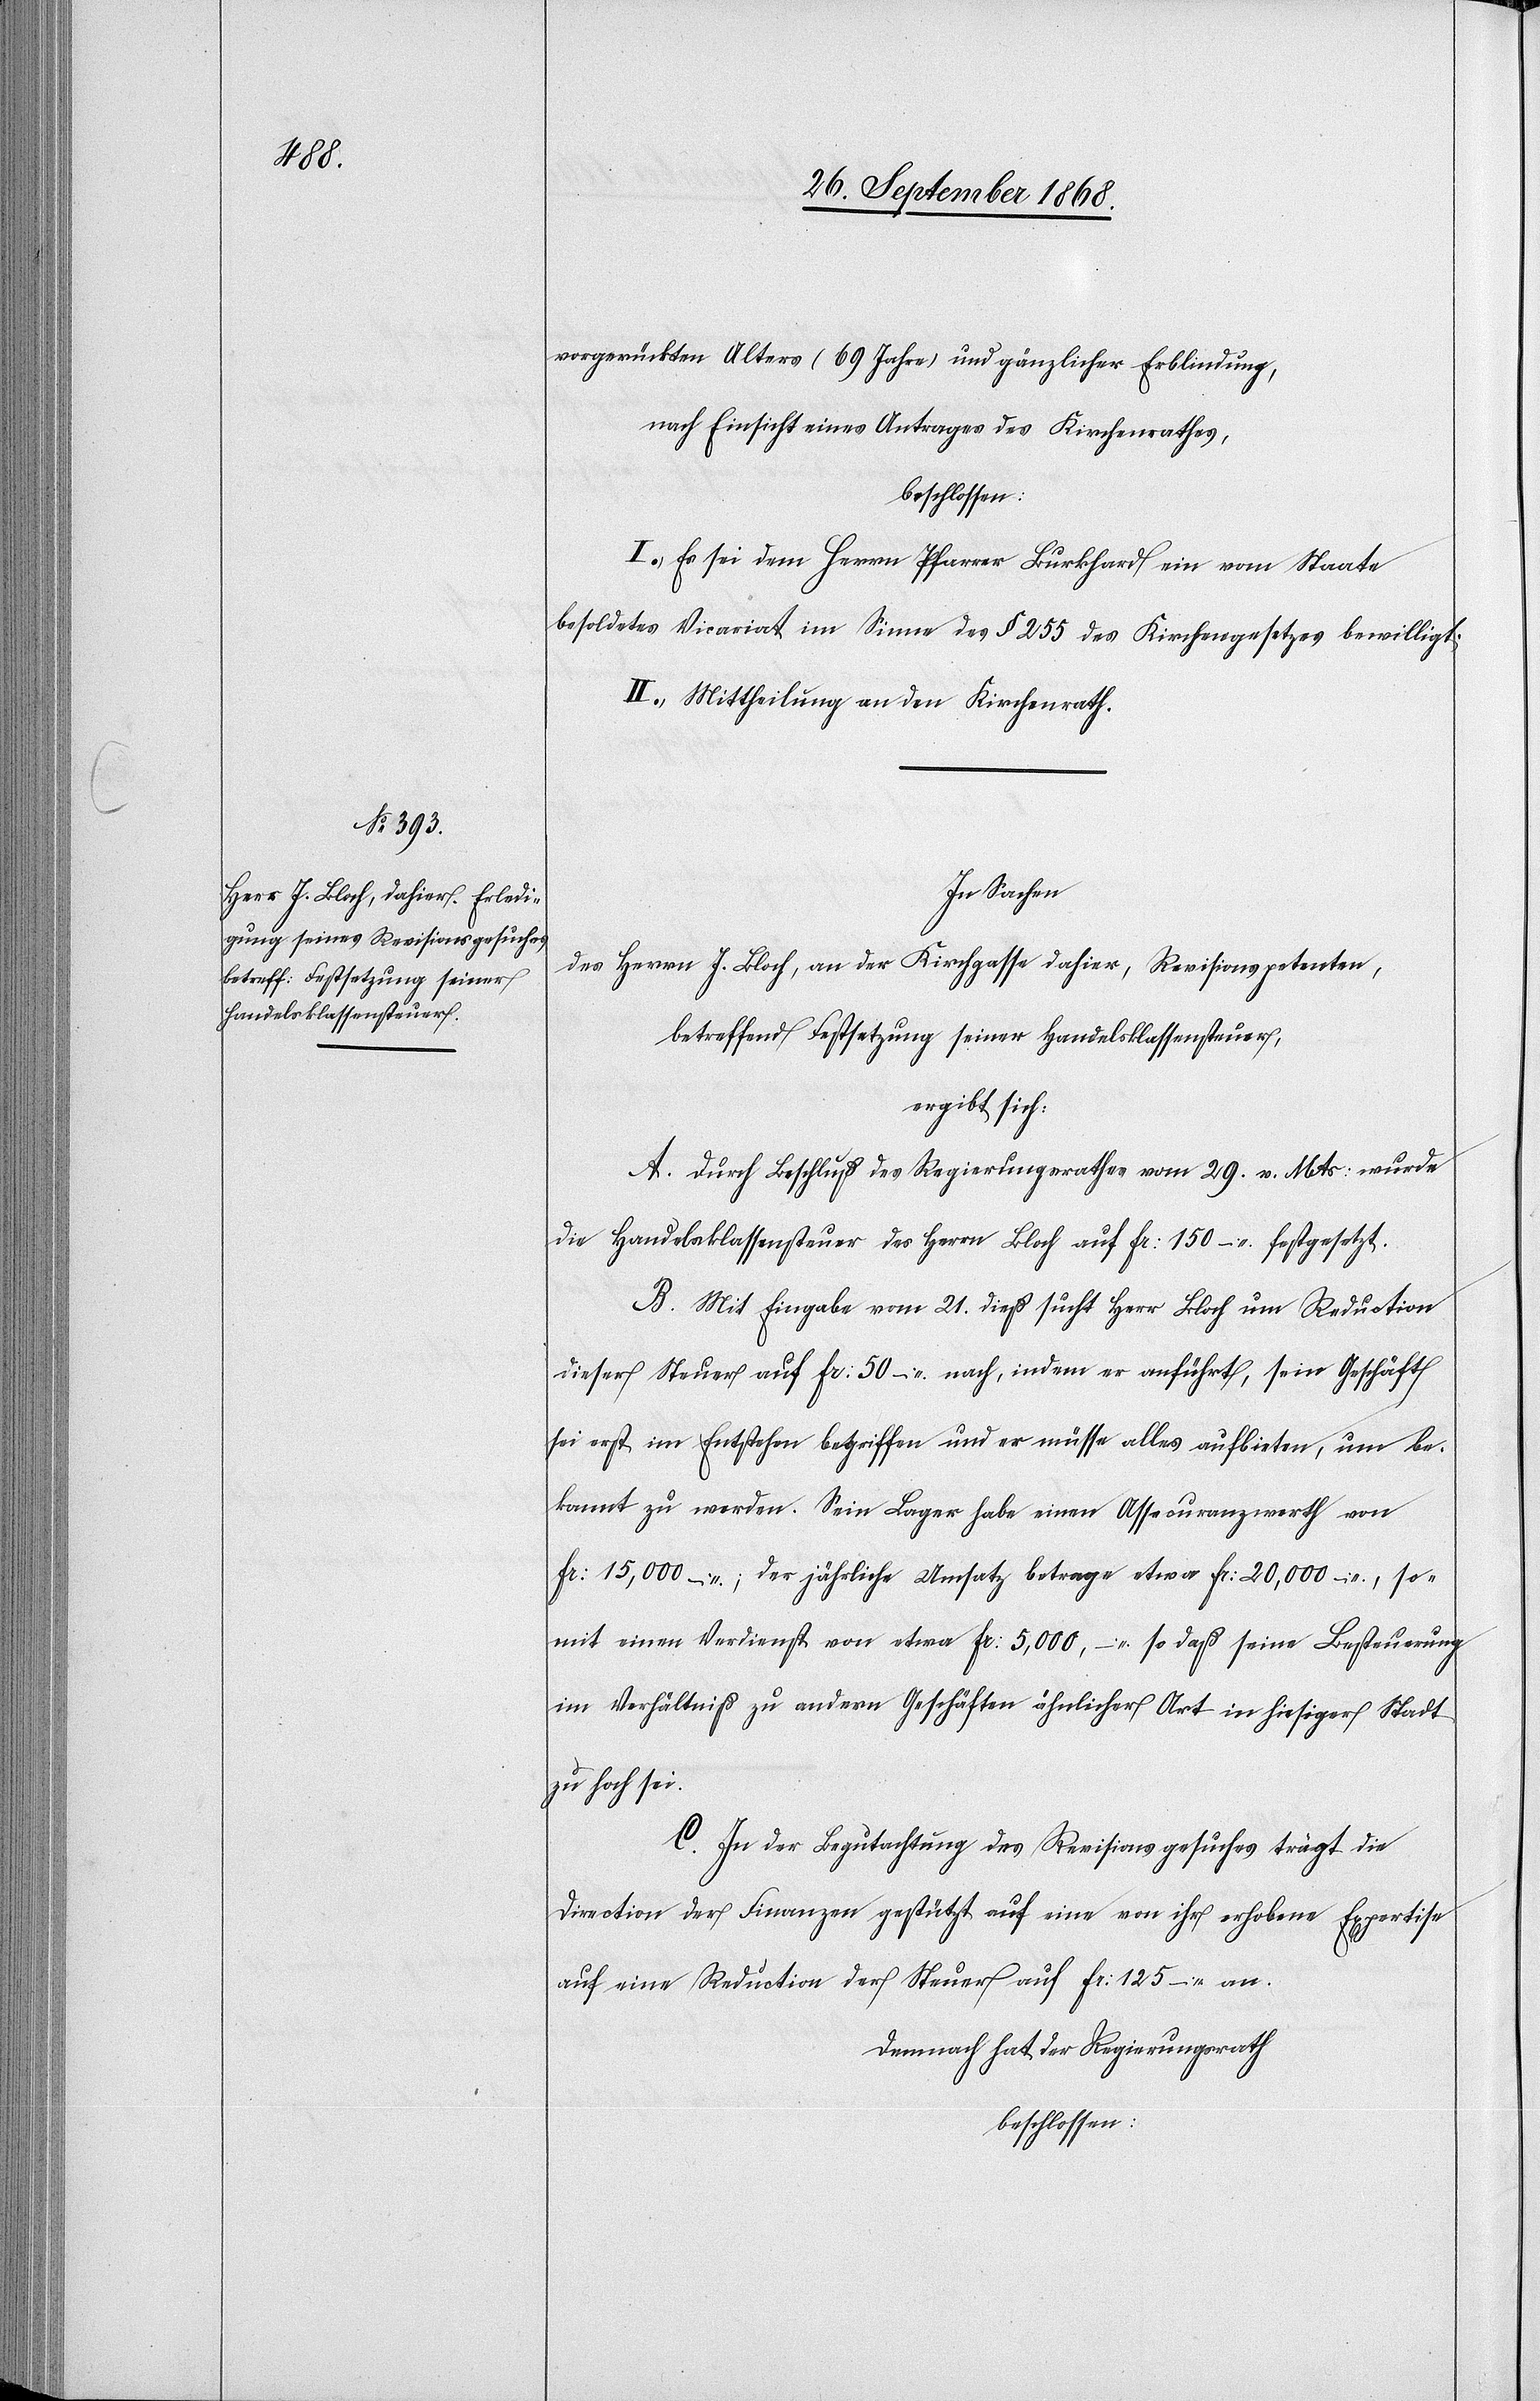
vorgerückten Alters (69 Jahre) und gänzlicher Erblindung,
nach Einsicht eines Antrages des Kirchenrathes,
beschlossen:
I.) Es sei dem Herrn Pfarrer Burkhard ein vom Staate
besoldetes Vicariat im Sinne des § 255 des Kirchengesetzes bewilligt.
II.) Mittheilung an den Kirchenrath.
In Sachen
des Herrn J. Bloch, an der Kirchgasse dahier, Revisionspetenten,
betreffend Festsetzung seiner Handelsklassensteuer,
ergibt sich:
A. Durch Beschluß des Regierungsrathes vom 29. v. Mts: wurde
die Handelsklassensteuer des Herrn Bloch auf Fr: 150 – festgesetzt.
B. Mit Eingabe vom 21. dieß sucht Herr Bloch um Reduction
dieser Steuer auf Fr: 50 – nach, indem er anführt, sein Geschäft
sei erst im Entstehen begriffen und er müsse alles aufbieten, um be¬
kannt zu werden. Sein Lager habe einen Assecuranzwerth von
Fr: 15,000 –; der jährliche Umsatz betrage etwa Fr: 20,000 –, so¬
mit einen Verdienst von etwa Fr: 5,000 –, so daß seine Besteuerung
im Verhältniß zu andern Geschäften ähnlicher Art in hiesiger Stadt
zu hoch sei.
C. In der Begutachtung des Revisionsgesuches trägt die
Direction der Finanzen gestützt auf eine von ihr erhobene Expertise
auf eine Reduction der Steuer auf Fr: 125 – an.
Demnach hat der Regierungsrath
beschlossen: